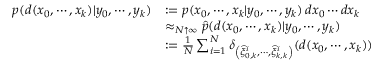
{ \begin{array} { r l } { p ( d ( x _ { 0 } , \cdots , x _ { k } ) | y _ { 0 } , \cdots , y _ { k } ) } & { : = p ( x _ { 0 } , \cdots , x _ { k } | y _ { 0 } , \cdots , y _ { k } ) \, d x _ { 0 } \cdots d x _ { k } } \\ & { \approx _ { N \uparrow \infty } { \widehat { p } } ( d ( x _ { 0 } , \cdots , x _ { k } ) | y _ { 0 } , \cdots , y _ { k } ) } \\ & { : = { \frac { 1 } { N } } \sum _ { i = 1 } ^ { N } \delta _ { \left( { \widehat { \xi } } _ { 0 , k } ^ { i } , \cdots , { \widehat { \xi } } _ { k , k } ^ { i } \right) } ( d ( x _ { 0 } , \cdots , x _ { k } ) ) } \end{array} }